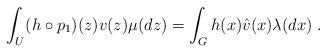
LaTeX: \begin{align*}\int_U (h \circ p_1)(z) v (z) \mu(dz) = \int_{G} h(x) \hat v(x)\lambda(dx)\;.\end{align*}